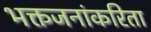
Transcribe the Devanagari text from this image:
भक्तजनांकरिता